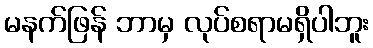
မနက်ဖြန် ဘာမှ လုပ်စရာမရှိပါဘူး